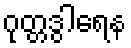
ဂုတ္တဒွါရေန